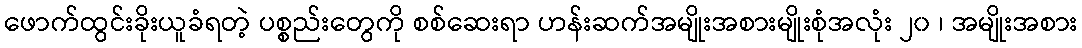
ဖောက်ထွင်းခိုးယူခံရတဲ့ ပစ္စည်းတွေကို စစ်ဆေးရာ ဟန်းဆက်အမျိုးအစားမျိုးစုံအလုံး ၂၀ ၊ အမျိုးအစား